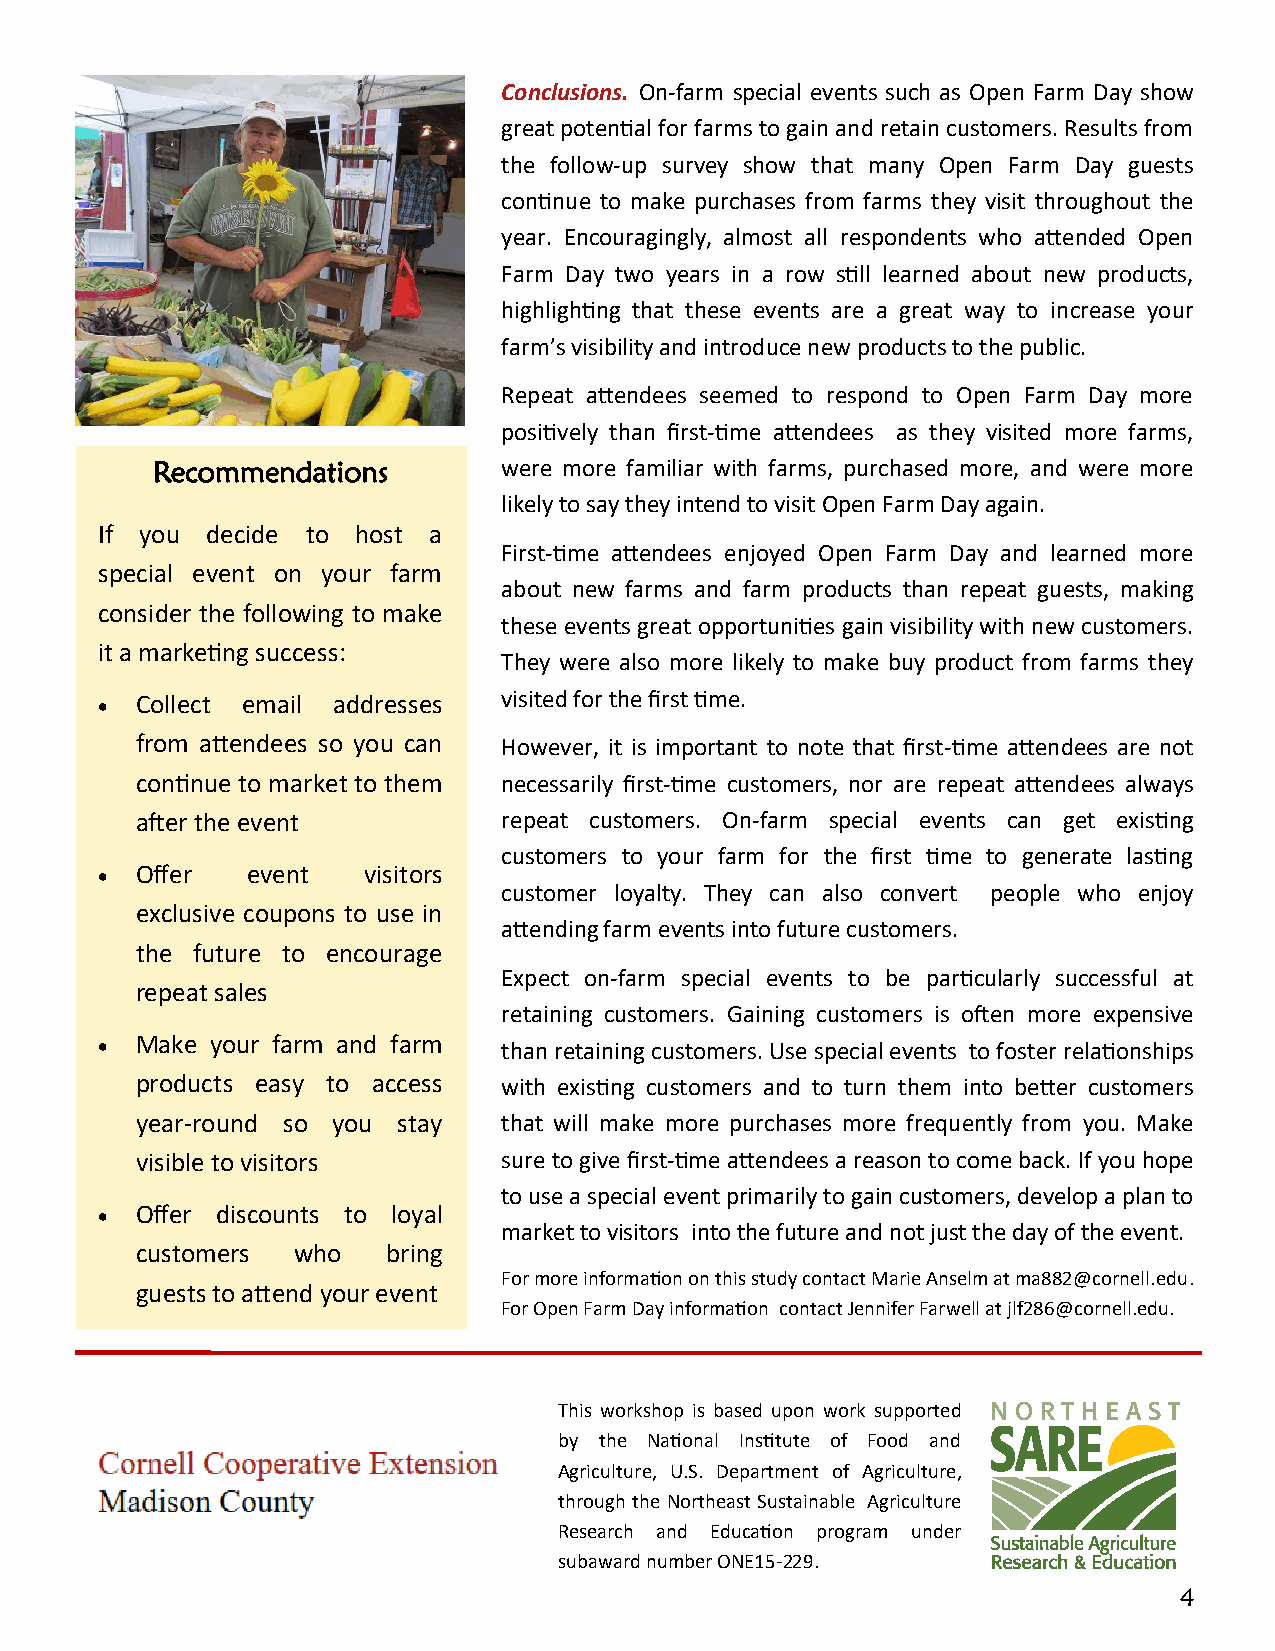
Conclusions. On-farm special events such as Open Farm Day show
 great potential for farms to gain and retain customers. Results from
 the follow-up survey show that many Open Farm Day guests
 continue to make purchases from farms they visit throughout the
 year. Encouragingly, almost all respondents who attended Open
 Farm Day two years in a row still learned about new products,
 highlighting that these events are a great way to increase your
 farm’s visibility and introduce new products to the public.
 Repeat attendees seemed to respond to Open Farm Day more
 positively than first-time attendees as they visited more farms,
 Recommendations        were more familiar with farms, purchased more, and were more
 likely to say they intend to visit Open Farm Day again.
 If you  decide to host a
 First-time attendees enjoyed Open Farm Day and learned more
 special event on your farm
 about new farms and farm products than repeat guests, making
 consider the following to make
 these events great opportunities gain visibility with new customers.
 it a marketing success:
 They were also more likely to make buy product from farms they
   Collect email addresses visited for the first time.
 from attendees so you can However, it is important to note that first-time attendees are not
 continue to market to them necessarily first-time customers, nor are repeat attendees always
 after the event         repeat customers. On-farm special events can get existing
 customers to your farm for the first time to generate lasting
   Offer  event   visitors
 customer loyalty. They can also convert people who enjoy
 exclusive coupons to use in
 attending farm events into future customers.
 the future to encourage
 Expect on-farm special events to be particularly successful at
 repeat sales
 retaining customers. Gaining customers is often more expensive
   Make your farm and farm than retaining customers. Use special events to foster relationships
 products easy to access with existing customers and to turn them into better customers
 year-round so you stay  t h at will make more purchases more frequently from you. Make
 visible to visitors     sure to give first-time attendees a reason to come back. If you hope
 to use a special event primarily to gain customers, develop a plan to
   Offer discounts to loyal
 market to visitors into the future and not just the day of the event.
 customers who    bring
 For more information on this study contact Marie Anselm at ma882@cornell.edu.
 guests to attend your event
 For Open Farm Day information contact Jennifer Farwell at jlf286@cornell.edu.
 This workshop is based upon work supported
 by the National Institute of Food and
 Agriculture, U.S. Department of Agriculture,
 through the Northeast Sustainable Agriculture
 Research and Education program under
 subaward number ONE15-229.
 4